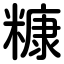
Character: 糠